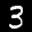
Label: 3